Report on vaccination in Madras 1922-1929 - 1922-1929
Year: 1922
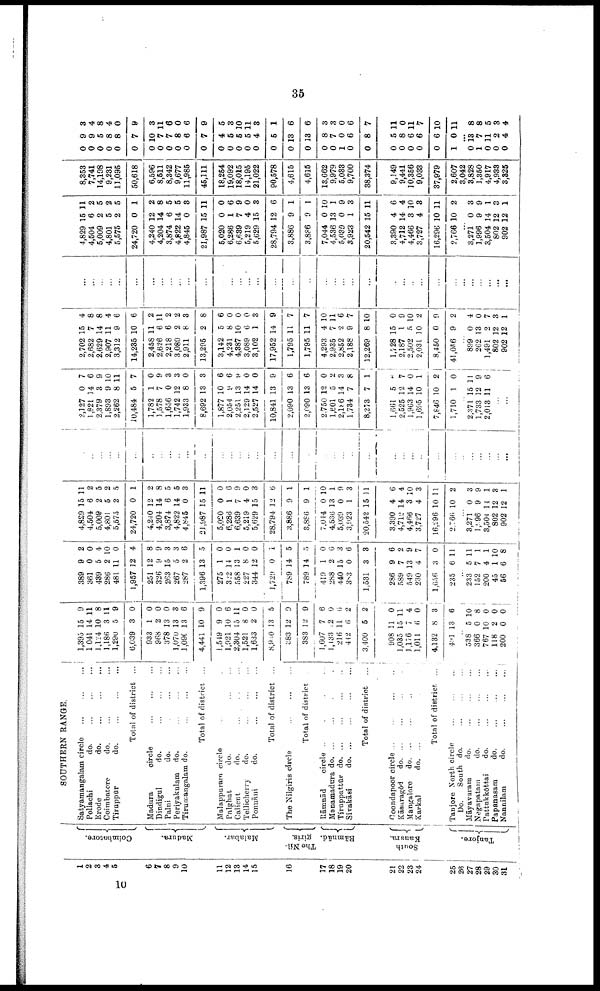
35
1
2
8
4
5
6
7
8
9
10
11
12
13
14
15
16
17
18
19
20
21
22
23
24
25
26
27
28
29
30
31
Coimbatore.
Madura.
Malabar.
The Nil¬
giris.
Rāmnād.
South
Kanara.
Tanjore.
SOUTHERN RANGE.
Satyamangalam circle ... ... ...
Pollachi
d
o
. ... ... ...
Erode
do. ... ... ...
Coimbatore
do. ... ... ...
Tiruppūr
do.
...
...
...
Total of district ...
Madura
circle
...
...
...
Dindigul
do.
...
...
...
Palni
do.
...
...
Periyakulam do. ... ... ...
Tirumangalam do.
...
...
...
Total of district ...
Malappuram circle ... ... ...
Palghat
do.
...
...
...
Calicut
do.
...
...
...
Tellicherry
do.
...
...
...
Ponnāni
do. ... ... ...
Total of district ...
The Nilgiris circle
...
...
...
Total of district ...
Rāmnād
circle ... ... ... ...
Manamadura do. ... ... ... ...
Tiruppattūr
do. ... ... ... ...
Sivakāsi
do. ... ... ... ...
Total of district ...
Coondapoor circle
...
...
...
...
Kāsaragōd
do. ... ... ... ...
Mangalore do. ... ... ... ...
Karkal
do. ... ... ... ...
Total of district ...
Tanjore North circle
...
...
...
Do.
South do.
...
...
...
Māyavarara
do. ... ... ...
Negapatam
do.
...
...
...
Pattukkōttai
do.
...
...
...
Papanasam
do. ... ... ...
Nannilam
do.
...
...
...
1,395
1041
1,124
1,186
1,290
6,039
933
968
378
1,070
1,090
4,441
1,519
1,021
2,304
1,521
1,633
8,930
383
383
1,607
1,133
216
442
3,400
908
1,035
1,176
1,011
4,132
491
15
14
10
3
5
3
1
2
13
13
13
10
9
10
15
8
2
13
12
12
7
12
11
6
5
11
15
7
6
8
13
9
11
8
11
9
0
0
0
0
3
6
9
0
6
11
0
0
5
9
9
6
0
6
2
2
0
11
4
0
3
6
...
538
366
767
118
200
5
0
10
2
0
10
8
0
0 0
389
361
439
286
481
1,957
251
326
263
267
287
1,396
275
322
558
227
344
1,729
789
789
419
288
440
383
1,531
286
589
549
230
1,656
235
9
0
5
2
11
12
12
9
15
5
2
13
1
14
13
8
12
0
14
14
1
2
15
0
3
9
7
13
4
3
6
2
0
4
10
0
4
8
9
3
3
6
5
0
0
1
0
0
1
5
5
0
6
3
6
3
6
2
9
7
0
11
...
233
152
200
45
56
5
7
4
1
6
11
1
1
10
8
4,829
4,504
5,009
4,801
5,675
24,720
4,240
4,204
3,874
4,822
4,845
21,987
5,020
6,286
6,639
5,219
5,629
28,794
3,886
3,886
7,044
4,536
5,039
3,923
20,542
3,390
4,712
4,466
3,727
16,296
2,766
15
6
2
5
2
0
12
14
6
14
0
15
0
1
7
4
15
12
9
9
0
13
0
1
15
4
14
3
4
10
10
11
2
5
2
5
1
2
8
5
5
3
11
0
6
9
0
3
6
1
1
10
1
9
3
11
6
4
10
3
11
2
...
3,271
1,996
3,504
802
902
0
9
14
12
12
3
9
1
3
1
...
...
...
...
...
...
...
...
...
...
...
...
...
...
...
...
...
...
...
...
...
...
...
...
...
...
...
...
...
...
...
...
...
...
...
...
...
2,127
1,821
2,379
1,893
2,262
10,484
1,782
1,578
1,656
1,742
1,933
8,692
1,877
2,054
2,251
2,129
2,527
10,841
2,090
2,090
2,750
1,601
2,186
1,734
8,273
1,661
2,525
1,963
1,695
7,846
1,710
0
14
3
9
8
5
1
7
0
12
8
13
10
9
13
14
14
13
13
13
12
5
14
7
7
5
12
14
10
10
1
7
6
9
10
11
7
0
9
3
3
0
3
6
6
9
0
0
9
6
6
0
2
3
8
1
6
7
0 1
2
0
...
2,371
1,733
2,013
15
12
11
11
9
6
...
...
2,702
2,682
2,629
2,907
3,312
14,235
2,458
2,626
2,218
3,080
2,911
13,295
3,142
4,231
4,387
3,089
8,102
17,952
1,795
1,795
4,293
2,935
2,852
2,188
12,269
1,728
2,187
2,502
2,031
8,450
41,056
15
7
14
11
9
10
11
6
6
2
8
2
5
8
10
6
1
14
11
11
4
7
2
9
8
15
1
5
10
0
9
4
8
8
4
6
6
2
11
2
2
3
8
6
0
0
0
3
9
7
7
10
11
6
7
10
0
9
10
2
9
2
...
899
262
1,491
802
902
0
13
2
12
12
4
0
7
3
1
...
...
...
...
...
...
...
...
...
...
...
...
...
...
...
...
...
...
...
...
...
...
...
...
...
...
...
...
...
...
...
...
...
...
...
...
...
4,829
4,504
5,009
4,801
5,575
24,720
4,240
4,204
3,874
4,822
4,845
21,987
5,020
6,286
6,689
5,219
5,629
28,794
3,886
3,886
7,044
4,536
5,039
3,923
20,542
3,390
4,712
4,466
3,727
16,296
2,766
15
6
2
5
2
0
12
14
6
14
0
15
0
1
7
4
15
12
9
9
0
13
0
1
15
4
14
3
4
10
10
11
2
5
2
5
1
2
8
5
5
3
11
0
6
9
0
3
6
1
1
10
1
9
3
11
6
4
10
3
11
2
...
3,271
1,996
3,504
802
902
0
9
14
12
12
3
9
1
8
1
8,353
7,741
14,198
9,231
11,095
50,618
6,596
8,511
8,342
9,677
11,985
45,111
18,254
19,092
18,015
14,195
21,022
90,578
4,615
4,615
13,662
9,979
5,033
9,700
38,374
9,149
9,441
10,356
9,033
37,979
2,607
3,042
3,828
1,350
4,917
4,933
8,825
0
0
0
0
0
0
0
0
0
0
0
0
0
0
0
0
0
0
0
0
0
0
1
0
0
0
0
0
0
0
1
9
9
5
8
8
7
10
7
7
8
6
7
4
5
5
5
4
5
13
13
8
7
0
6
8
5
8
6
6
6
0
3
4
8
4
0
9
3
11
6
0
6
9
5
3
10
11
3
1
6
6
3
3
0
6
7
11
0
11
7
10
11
...
0
1
0
0
0
13
7
11
2
4
8
8
5
3
4
10